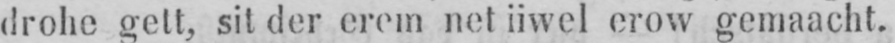
drohe gett, sit der erem net iiwel erow gemaacht.